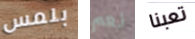
بلمس نعم تعبنا